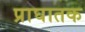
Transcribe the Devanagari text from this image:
प्राघातक